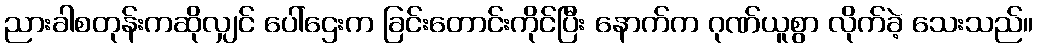
ညားခါစတုန်းကဆိုလျှင် ပေါ်ဌေးက ခြင်းတောင်းကိုင်ပြီး နောက်က ဂုဏ်ယူစွာ လိုက်ခဲ့ သေးသည်။